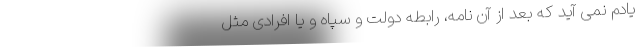
یادم نمی آید که بعد از آن نامه، رابطه دولت و سپاه و یا افرادی مثل